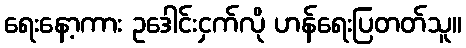
ရေးနော့ကား ဥဒေါင်းငှက်လို ဟန်ရေးပြတတ်သူ။